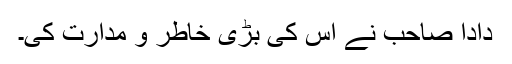
دادا صاحب نے اس کی بڑی خاطر و مدارت کی۔